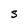
Character: S